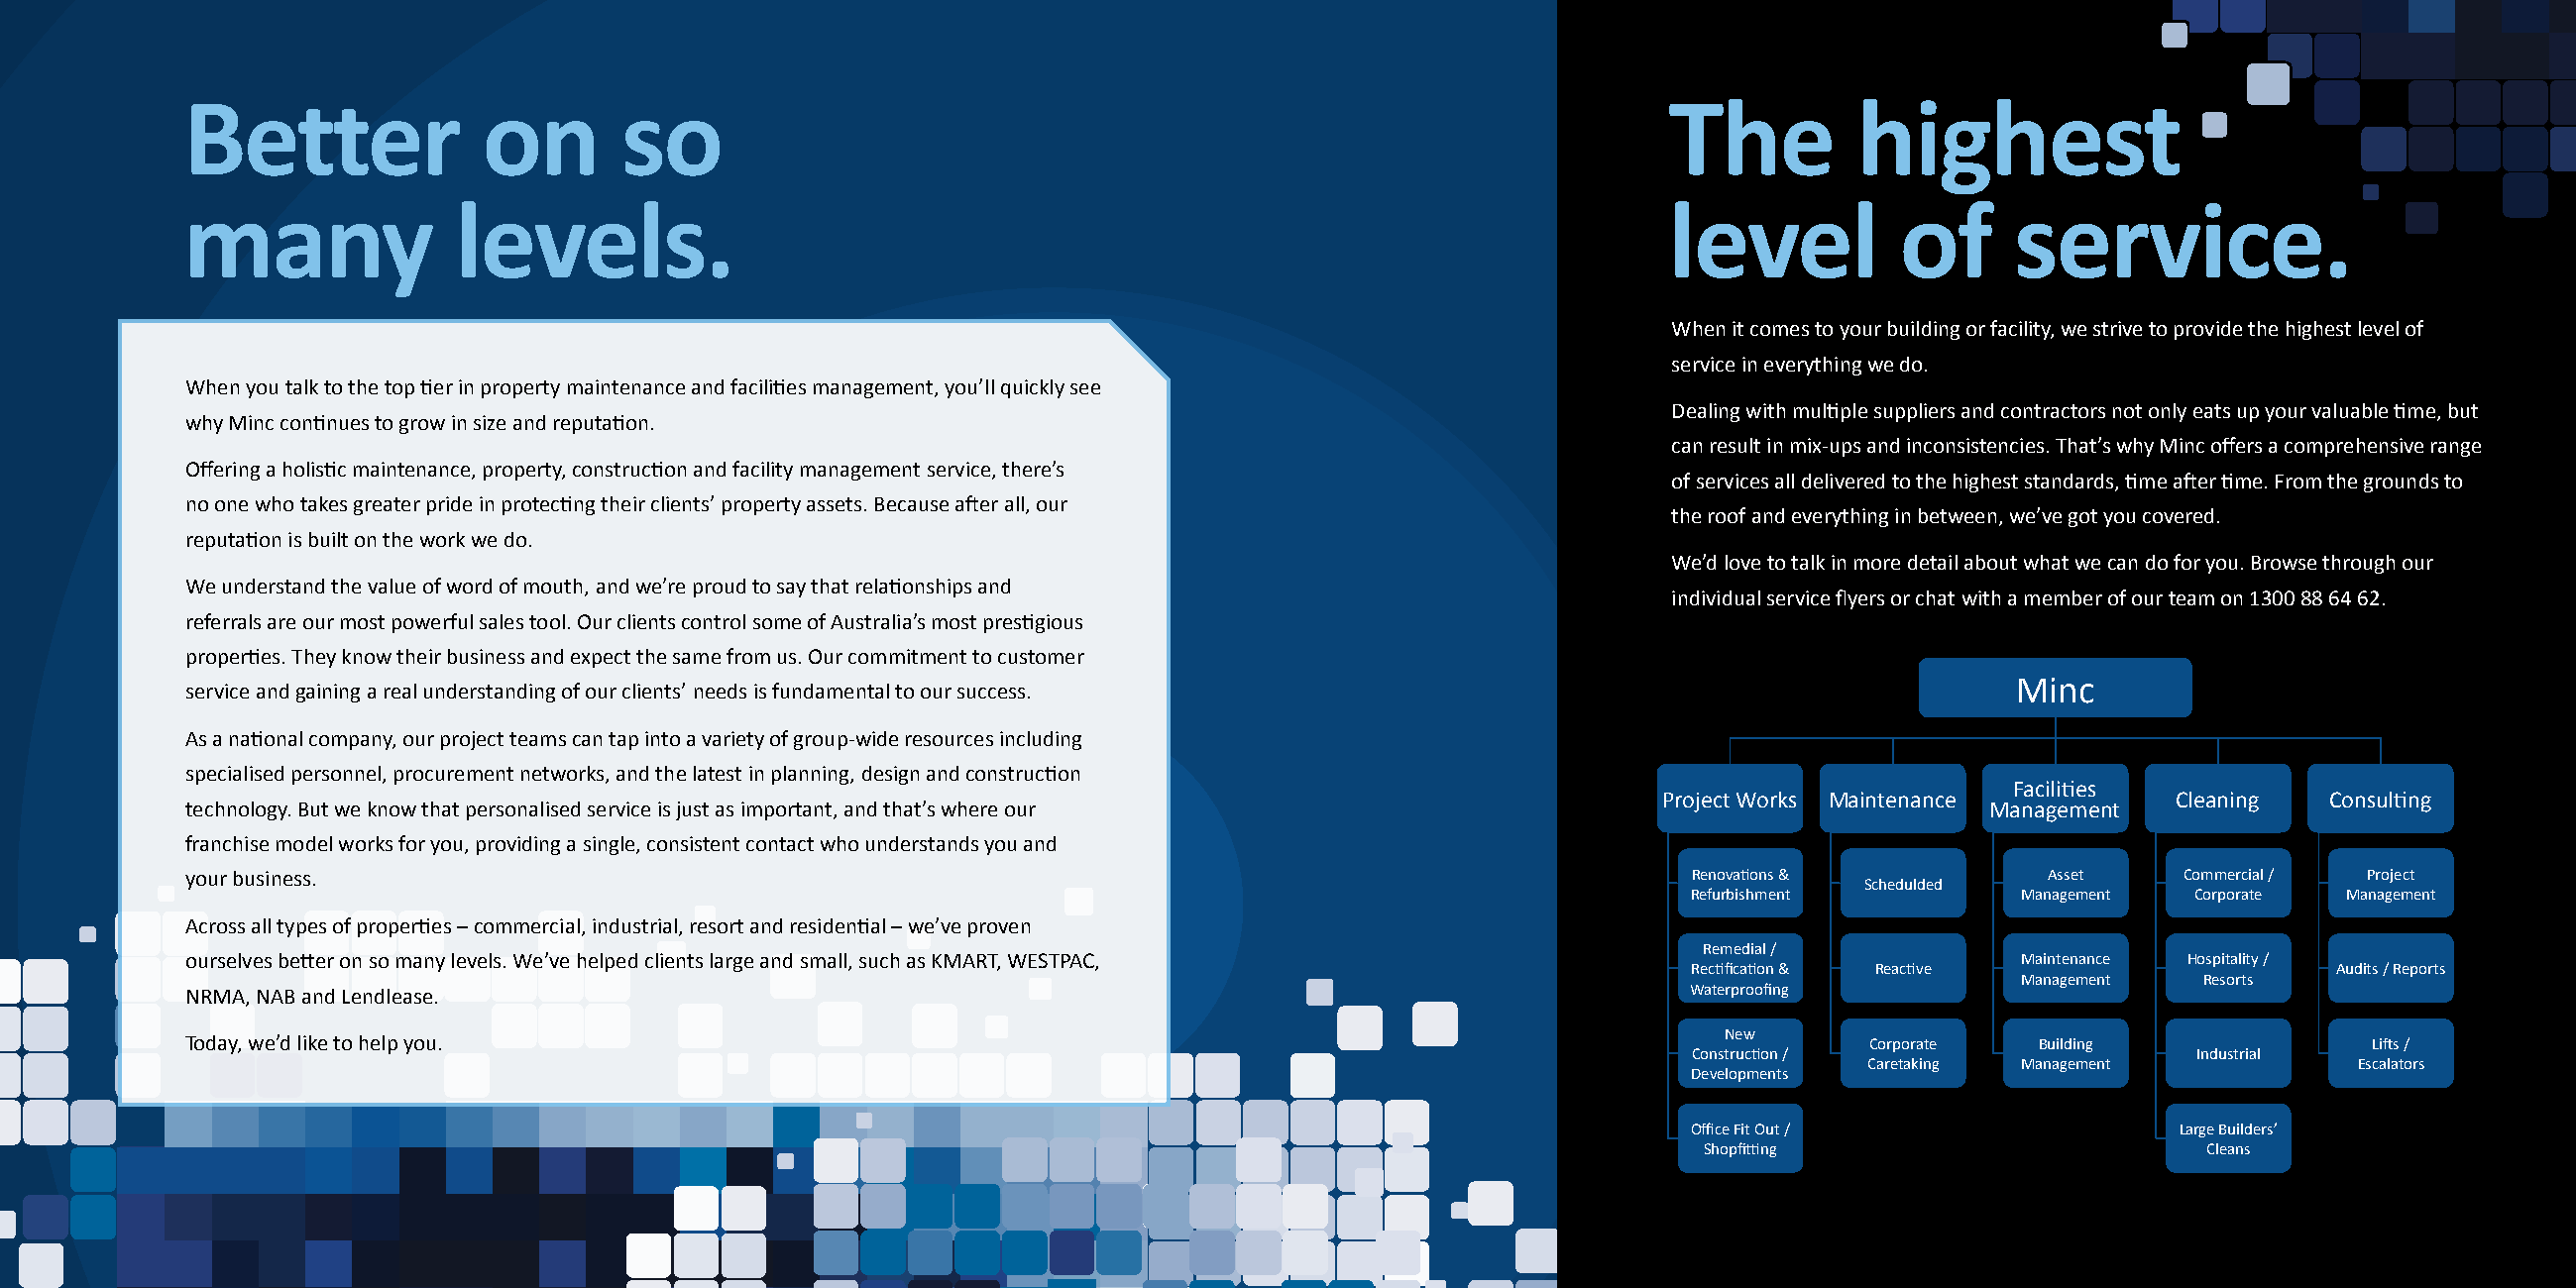
Better              on       so                                                                    The          highest
 many              levels.                                                                          level           of     service.
 When it comes to your building or facility, we strive to provide the highest level of
 service in everything we do.
 When you talk to the top tier in property maintenance and facilities management, you’ll quickly see
 Dealing with multiple suppliers and contractors not only eats up your valuable time, but
 why Minc continues to grow in size and reputation.
 can result in mix-ups and inconsistencies. That’s why Minc offers a comprehensive range
 Offering a holistic maintenance, property, construction and facility management service, there’s
 of services all delivered to the highest standards, time after time. From the grounds to
 no one who takes greater pride in protecting their clients’ property assets. Because after all, our
 the roof and everything in between, we’ve got you covered.
 reputation is built on the work we do.
 We’d love to talk in more detail about what we can do for you. Browse through our
 We understand the value of word of mouth, and we’re proud to say that relationships and
 individual service flyers or chat with a member of our team on 1300 88 64 62.
 referrals are our most powerful sales tool. Our clients control some of Australia’s most prestigious
 properties. They know their business and expect the same from us. Our commitment to customer
 Minc
 service and gaining a real understanding of our clients’ needs is fundamental to our success.
 As a national company, our project teams can tap into a variety of group-wide resources including
 specialised personnel, procurement networks, and the latest in planning, design and construction
 Faciliti es
 Project Works Maintenance         Cleaning   Consulti ng
 technology. But we know that personalised service is just as important, and that’s where our                             Management
 franchise model works for you, providing a single, consistent contact who understands you and
 your business.                                                                                       Renovati ons &          Asset    Commercial / Project
 Schedulded
 Refurbishment         Management  Corporate Management
 Across all types of properties – commercial, industrial, resort and residential – we’ve proven
 Remedial /
 ourselves better on so many levels. We’ve helped clients large and small, such as KMART, WESTPAC,                          Maintenance Hospitality /
 Recti fi cati on & Reacti ve               Audits / Reports
 Management  Resorts
 NRMA, NAB and Lendlease.                                                                             Waterproofi ng
 Today, we’d like to help you.                                                                          New       Corporate  Building              Lift s /
 Constructi on /                   Industrial
 Caretaking Management           Escalators
 Developments
 Offi ce Fit Out /                Large Builders’
 Shopfi tti ng                    Cleans